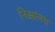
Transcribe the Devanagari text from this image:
निक्षालय